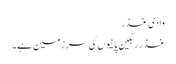
وادی غذر
غذر رنگین پانیوں کی سرزمین ہے۔